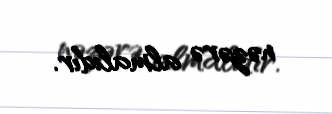
nəzərə almalıdır.